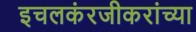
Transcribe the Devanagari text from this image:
इचलकंरजीकरांच्या